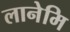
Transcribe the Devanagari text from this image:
लानेमि